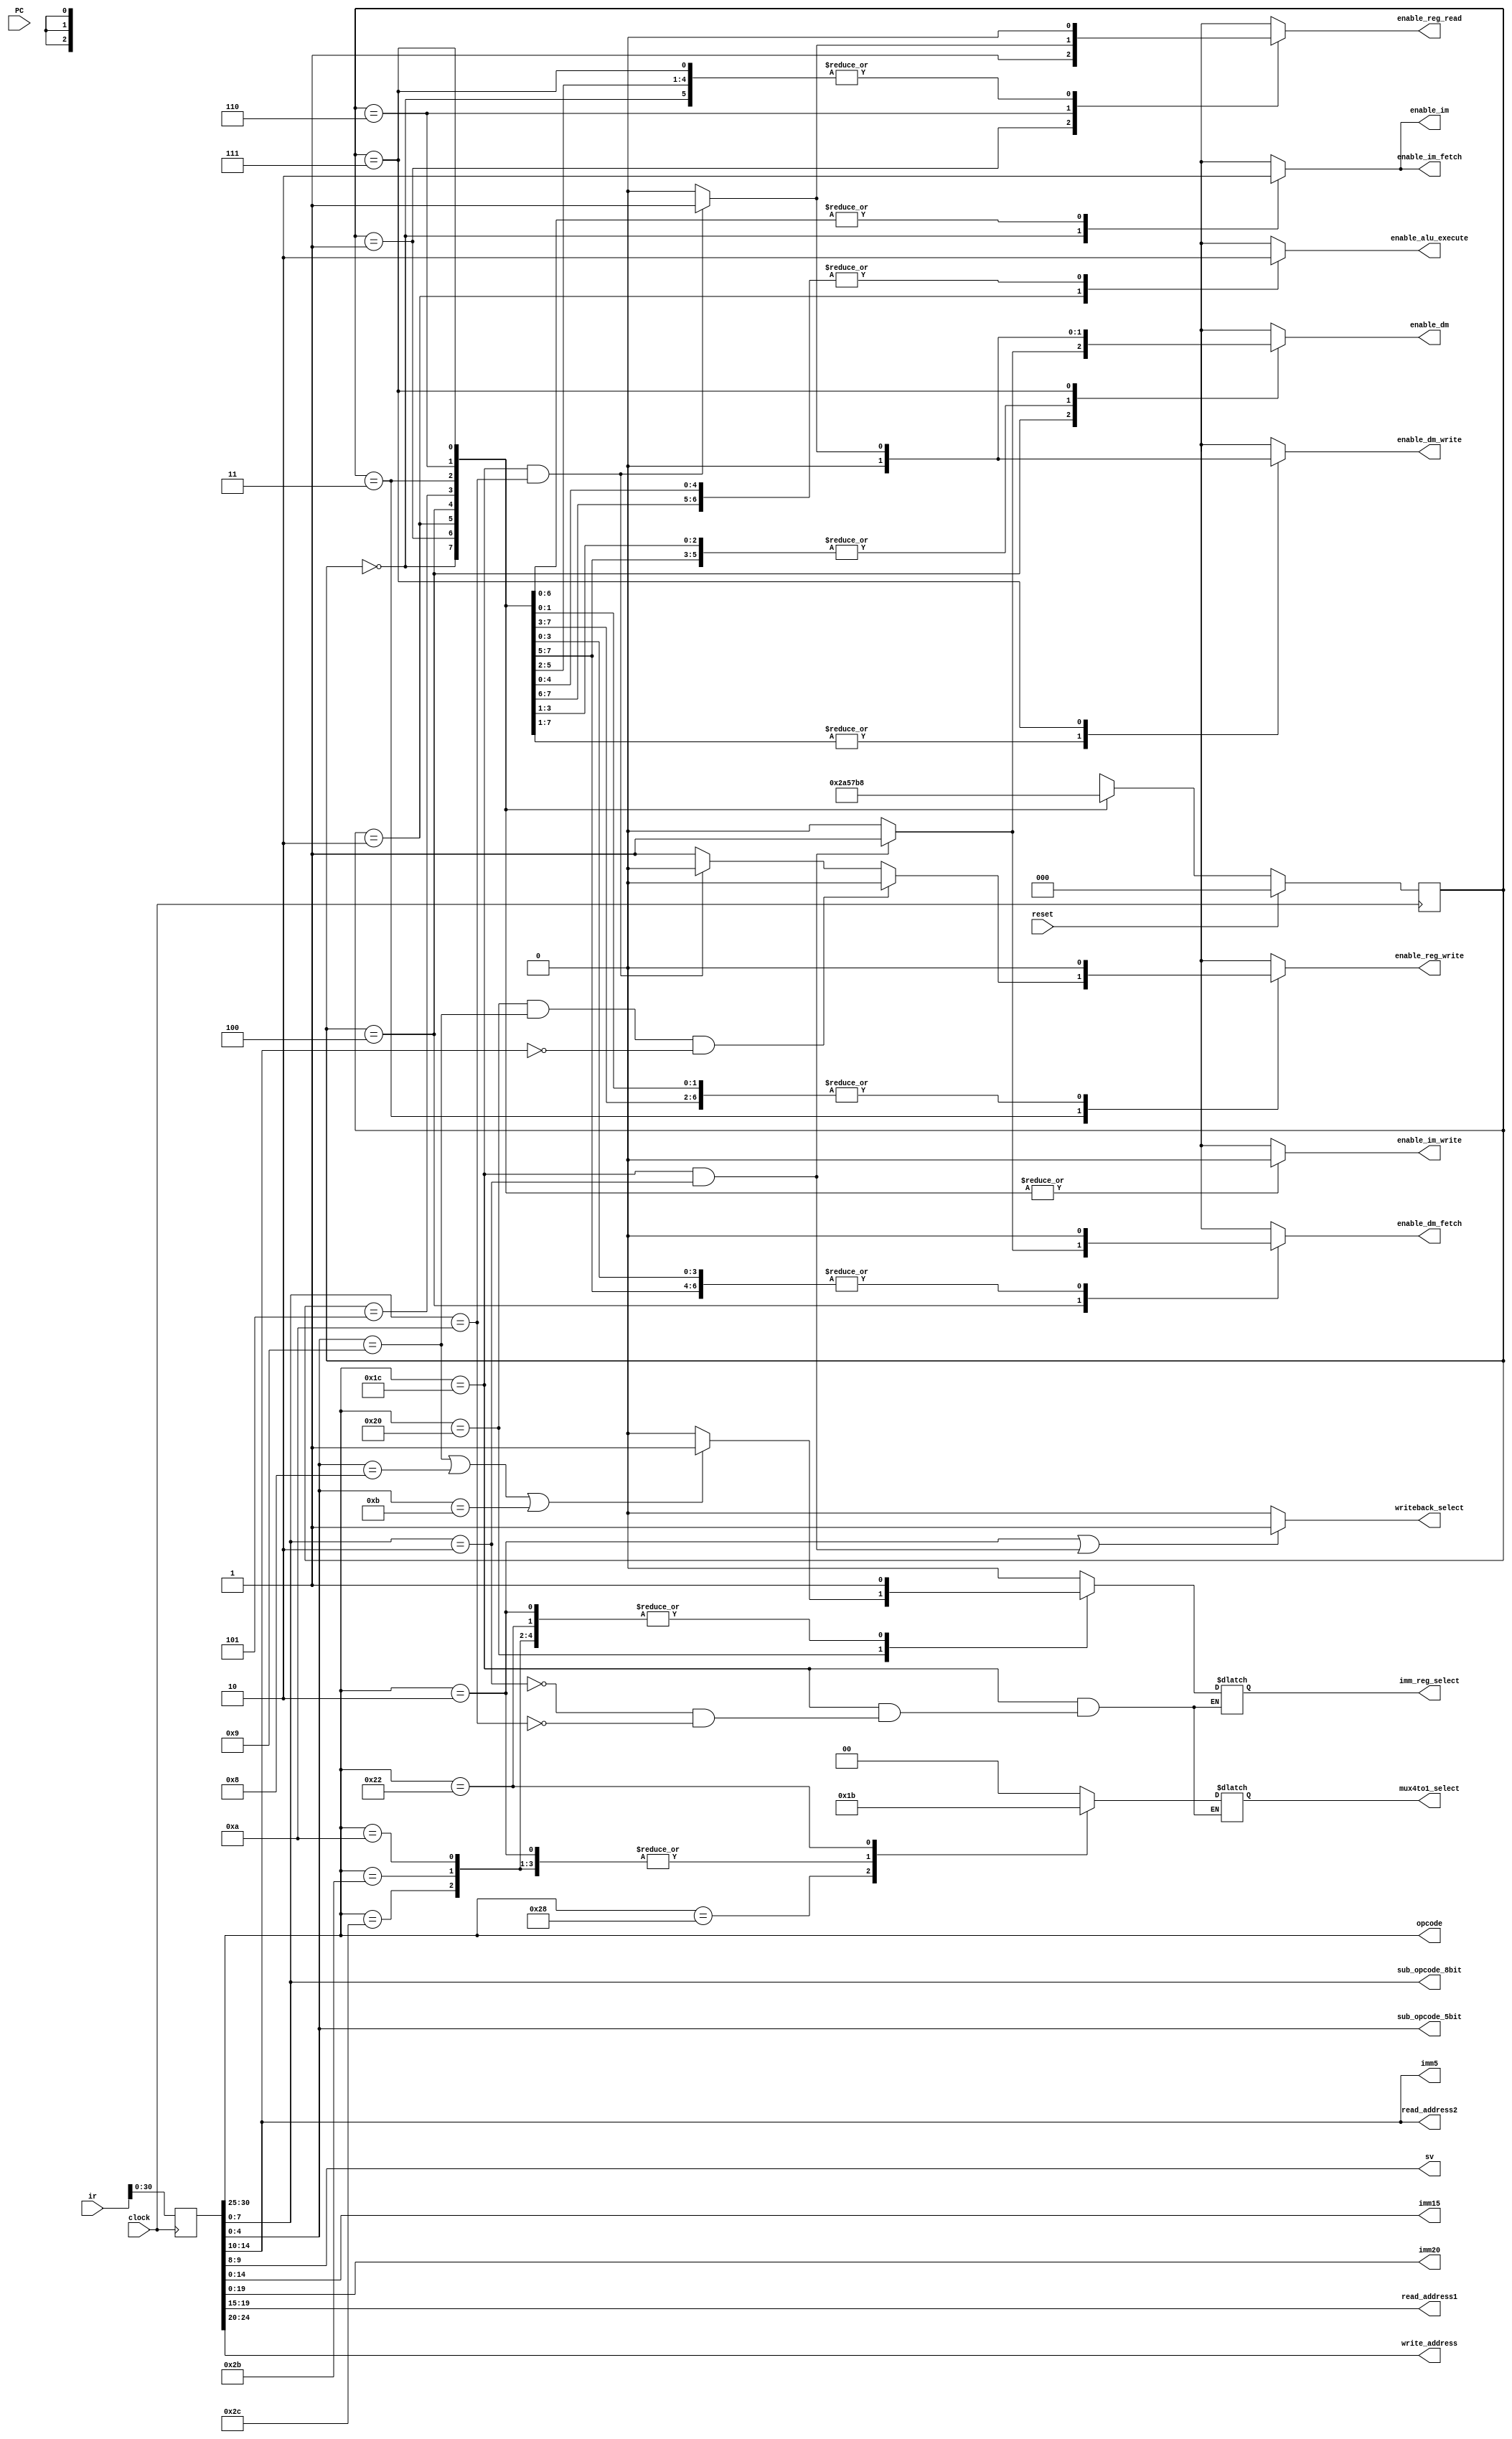
module ir_controller(enable_dm_fetch, enable_dm_write, enable_dm, enable_im_fetch, enable_im_write, enable_im, enable_alu_execute, enable_reg_read, enable_reg_write, opcode, sub_opcode_5bit, sub_opcode_8bit, sv, imm5, imm15, imm20, read_address1, read_address2, write_address, mux4to1_select, writeback_select, imm_reg_select, clock, reset, PC, ir);
  parameter MemSize = 10;
  parameter DataSize = 32;
  parameter AddrSize = 5;

  /* top */
  input clock;
  input reset;
  input [MemSize-1:0] PC;
  input [DataSize-1:0] ir;

  output enable_im_fetch;
  output enable_im_write;
  output enable_im;
  output enable_dm_fetch;
  output enable_dm_write;
  output enable_dm;
  
  output enable_alu_execute;
  output enable_reg_read;
  output enable_reg_write;

  output [1:0] mux4to1_select;
  output writeback_select;
  output imm_reg_select;

  output [5:0] opcode;
  output [4:0] sub_opcode_5bit;
  output [7:0] sub_opcode_8bit;
  output [1:0] sv; 
  output [4:0]  imm5;
  output [14:0] imm15;
  output [19:0] imm20;
  output [AddrSize-1:0]read_address1;
  output [AddrSize-1:0]read_address2;
  output [AddrSize-1:0]write_address;
  
  reg enable_im_fetch;
  reg enable_im_write;
  reg enable_im;
  reg enable_dm_fetch;
  reg enable_dm_write;
  reg enable_dm;
  
  reg enable_alu_execute;
  reg enable_reg_read;
  reg enable_reg_write;

  reg [1:0] mux4to1_select;
  reg writeback_select;
  reg imm_reg_select;
  
  /* internal */
  reg [DataSize-1:0] present_instruction;
  wire [5:0] opcode = present_instruction[30:25];
  wire [4:0] sub_opcode_5bit = present_instruction[4:0];
  wire [7:0] sub_opcode_8bit = present_instruction[7:0];
  wire [1:0] sv = present_instruction[9:8]; 
  wire [4:0]   imm5 = present_instruction[14:10];
  wire [14:0] imm15 = present_instruction[14:0];
  wire [19:0] imm20 = present_instruction[19:0];
  wire [AddrSize-1:0]read_address1 = present_instruction[19:15];
  wire [AddrSize-1:0]read_address2 = present_instruction[14:10];
  wire [AddrSize-1:0]write_address = present_instruction[24:20];

  reg [2:0] current_state;
  reg [2:0] next_state;

  // op & sub_op
  parameter TYPE_BASIC=6'b100000;
  parameter NOP=5'b01001, ADD=5'b00000, SUB=5'b00001, AND=5'b00010,
            OR=5'b00100, XOR=5'b00011, SRLI=5'b01001, SLLI=5'b01000,
            ROTRI=5'b01011;

  parameter ADDI=6'b101000, ORI=6'b101100, XORI=6'b101011, LWI=6'b000010, SWI=6'b001010;

  parameter MOVI=6'b100010;

  parameter TYPE_LS=6'b011100;
  parameter LW=8'b00000010, SW=8'b00001010;

  // state
  parameter stopState = 3'b000, fetchState = 3'b001, exeState = 3'b010, writeState =  3'b011, lwFetchState = 3'b100, lwWriteState = 3'b101, swFetchState = 3'b110, swWriteState = 3'b111;
  // mux4to1_select
  parameter sel_imm5ZE = 2'b00, sel_imm15SE = 2'b01, sel_imm15ZE = 2'b10, sel_imm20SE =  2'b11;
  // writeback_select
  parameter sel_aluResult = 1'b0, sel_DMout = 1'b1; 
  // imm_reg_select
  parameter sel_regOut = 1'b0, sel_immOut = 1'b1;

  always @(negedge clock)
  begin
    if(reset)
      current_state <= stopState;
    else
      current_state <= next_state;
  end

  always @(current_state)
  begin
    case(current_state)
    stopState : begin
      next_state = fetchState;
      enable_im = 1;
      enable_im_fetch = 1;
      enable_im_write = 0;
      enable_dm = 0;
      enable_dm_fetch = 0;
      enable_dm_write = 0;
      enable_reg_read = 0;
      enable_alu_execute = 0;
      enable_reg_write = 0;
    end
    fetchState : begin
      next_state = exeState;
      enable_im = 0;
      enable_im_fetch = 0;
      enable_im_write = 0;
      enable_dm = 0;       // FIXME
      enable_dm_fetch = 0; // FIXME
      enable_dm_write = 0;
      enable_reg_read = 1; // FIXME
      enable_alu_execute = 0;
      enable_reg_write = 0;
    end
    exeState : begin
      next_state = lwFetchState;
//      if (opcode == TYPE_LS) begin
//        enable_im <= 0;
//        enable_im_fetch <= 0;
//        enable_im_write <= 0;
//        enable_alu_execute <= 0;
//        enable_reg_read <= 0;
//        enable_reg_write <= 0;
//        enable_dm <= 0;
//        enable_dm_fetch <= 0;
//        enable_dm_write <= 0;
//      end else begin
        enable_im = 0;
        enable_im_fetch = 0;
        enable_im_write = 0;
        enable_dm = 0;
        enable_dm_fetch = 0;
        enable_dm_write = 0;
        enable_reg_read = 0;
        enable_alu_execute = 1;
        enable_reg_write = 0;
//      end
    end
    lwFetchState : begin
      next_state = lwWriteState;
      if (opcode == TYPE_LS && sub_opcode_8bit == LW) begin
        enable_im = 0;
        enable_im_fetch = 0;
        enable_im_write = 0;
        enable_alu_execute = 0;
        enable_reg_read = 0;
        enable_reg_write = 0;
        enable_dm = 1;
        enable_dm_fetch = 1;
        enable_dm_write = 0;
      end else begin
        enable_im = 0;
        enable_im_fetch = 0;
        enable_im_write = 0;
        enable_alu_execute = 0;
        enable_reg_read = 0;
        enable_reg_write = 0;
        enable_dm = 0;
        enable_dm_fetch = 0;
        enable_dm_write = 0;
      end
    end
    lwWriteState : begin
      next_state = writeState;
      if (opcode == TYPE_LS && sub_opcode_8bit == LW) begin
        enable_im = 0;
        enable_im_fetch = 0;
        enable_im_write = 0;
        enable_alu_execute = 0;
        enable_reg_read = 0;
        enable_reg_write = 0;
        enable_dm = 0;
        enable_dm_fetch = 0;
        enable_dm_write = 0;
      end else begin
        enable_im = 0;
        enable_im_fetch = 0;
        enable_im_write = 0;
        enable_alu_execute = 0;
        enable_reg_read = 0;
        enable_reg_write = 0;
        enable_dm = 0;
        enable_dm_fetch = 0;
        enable_dm_write = 0;
      end
    end
    writeState : begin
      next_state = swFetchState;
      enable_im = 0;
      enable_im_fetch = 0;
      enable_im_write = 0;
      enable_alu_execute = 0;
      if (opcode == TYPE_BASIC && sub_opcode_5bit == SRLI && imm5 == 5'b0) begin// NOP
        enable_reg_read = 0;
        enable_reg_write = 0;
        enable_dm = 0;
        enable_dm_fetch = 0;
        enable_dm_write = 0;
      end else if (opcode == TYPE_LS && sub_opcode_8bit == SW) begin
        enable_reg_read = 0;
        enable_reg_write = 0;
        enable_dm = 0;
        enable_dm_fetch = 0;
        enable_dm_write = 0;
      end else begin
        enable_reg_read = 0; //FIXME
        enable_reg_write = 1;
        enable_dm = 0;
        enable_dm_fetch = 0;
        enable_dm_write = 0;
      end
    end
    swFetchState : begin
      next_state = swWriteState;
      if (opcode == TYPE_LS && sub_opcode_8bit == SW) begin
        enable_im = 0;
        enable_im_fetch = 0;
        enable_im_write = 0;
        enable_alu_execute = 0;
        enable_reg_read = 1;
        enable_reg_write = 0;
        enable_dm = 0;
        enable_dm_fetch = 0;
        enable_dm_write = 0;
      end else begin 
        enable_im = 0;
        enable_im_fetch = 0;
        enable_im_write = 0;
        enable_alu_execute = 0;
        enable_reg_read = 0;
        enable_reg_write = 0;
        enable_dm = 0;
        enable_dm_fetch = 0;
        enable_dm_write = 0;
      end
    end
    swWriteState : begin
      next_state = stopState;
      if (opcode == TYPE_LS && sub_opcode_8bit == SW) begin
        enable_im = 0;
        enable_im_fetch = 0;
        enable_im_write = 0;
        enable_alu_execute = 0;
        enable_reg_read = 0;
        enable_reg_write = 0;
        enable_dm = 1;
        enable_dm_fetch = 0;
        enable_dm_write = 1;
      end else begin 
        enable_im = 0;
        enable_im_fetch = 0;
        enable_im_write = 0;
        enable_alu_execute = 0;
        enable_reg_read = 0;
        enable_reg_write = 0;
        enable_dm = 0;
        enable_dm_fetch = 0;
        enable_dm_write = 0;
      end
    end
    endcase

    writeback_select = (opcode == LWI | (opcode == TYPE_LS && sub_opcode_8bit == LW) ) ? sel_DMout : sel_aluResult;

    case(opcode)
      TYPE_BASIC : begin
               if (sub_opcode_5bit == SRLI | sub_opcode_5bit == SLLI | sub_opcode_5bit == ROTRI) begin
                    mux4to1_select = sel_imm5ZE; 
                    imm_reg_select = sel_immOut;
                 end
                 else begin
                    mux4to1_select = sel_imm5ZE; 
                    imm_reg_select = sel_regOut;
               end
               end
      ADDI : begin
               mux4to1_select = sel_imm15SE;
               imm_reg_select = sel_immOut;
             end
      ORI  : begin
               mux4to1_select = sel_imm15ZE;
               imm_reg_select = sel_immOut;
             end
      XORI : begin
               mux4to1_select = sel_imm15ZE;
               imm_reg_select = sel_immOut;
             end
      LWI  : begin
               mux4to1_select = sel_imm15ZE;
               imm_reg_select = sel_immOut; // FIXME
             end
      SWI  : begin
               mux4to1_select = sel_imm15ZE;
               imm_reg_select = sel_immOut;
             end
      MOVI : begin
              mux4to1_select = sel_imm20SE;
              imm_reg_select = sel_immOut;
             end
      TYPE_LS : case (sub_opcode_8bit)
                  LW : begin
                          mux4to1_select = sel_imm5ZE;
                          imm_reg_select = sel_regOut; // FIXME
                       end
                  SW : begin
                            mux4to1_select = sel_imm5ZE; 
                          imm_reg_select = sel_regOut;
                       end
                endcase
      default : begin 
                mux4to1_select = sel_imm5ZE; 
                imm_reg_select = sel_regOut;
               end
    endcase
  end

  // FIXME
//  always @(negedge enable_reg_read)
  always @(negedge clock)
  begin
  // FIXME
//    if(PC == 0)
//      present_instruction <= 0;
//    else
      present_instruction <= ir;
      
//    if (ir)
//      $display("(%d) %h:%h", PC, ir, present_instruction);
  end

endmodule